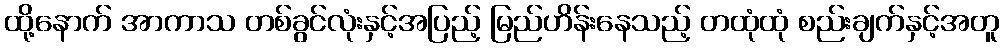
ထို့နောက် အာကာသ တစ်ခွင်လုံးနှင့်အပြည့် မြည်ဟိန်းနေသည့် တထုံထုံ စည်းချက်နှင့်အတူ